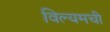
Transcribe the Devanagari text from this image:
विल्यमची